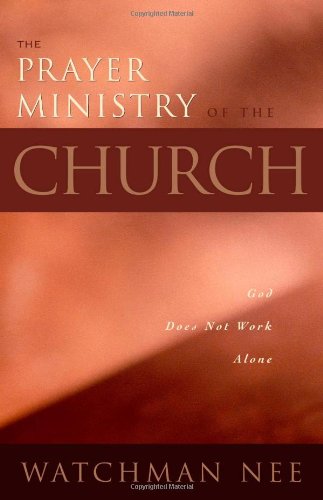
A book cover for The Prayer Ministry of the Church; Watchman Nee; Religion & Spirituality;